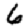
Digit: 6